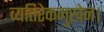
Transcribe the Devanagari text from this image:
व्यतिरेकमुखेन।